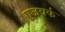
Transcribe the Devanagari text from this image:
एजवर्क